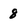
Character: 8